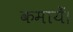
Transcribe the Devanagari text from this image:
कमायेँ।